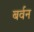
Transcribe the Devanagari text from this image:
बर्वन